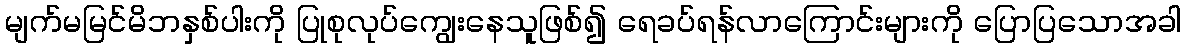
မျက်မမြင်မိဘနှစ်ပါးကို ပြုစုလုပ်ကျွေးနေသူဖြစ်၍ ရေခပ်ရန်လာကြောင်းများကို ပြောပြသောအခါ